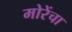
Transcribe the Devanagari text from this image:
मोरेंचा